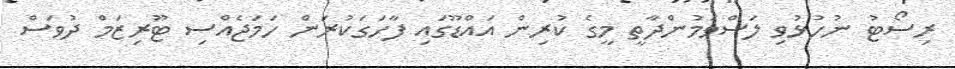
ރިސޯޓު ނުހުޅުވި ލަސްވަމުންދާތީ މީގެ ކުރިން އައްޑޫގައި ފާހަގަކުރަން ހަމަޖެއްސި ޓޫރިޒަމް ދުވަސް